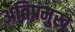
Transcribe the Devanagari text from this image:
अतिप्रमुख